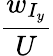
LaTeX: \frac{w_{I_{y}}}{U}